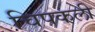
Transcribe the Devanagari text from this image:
चिपकली